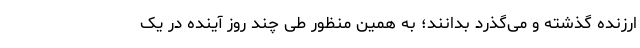
ارزنده گذشته و می‌گذرد بدانند؛ به همین منظور طی چند روز آینده در یک